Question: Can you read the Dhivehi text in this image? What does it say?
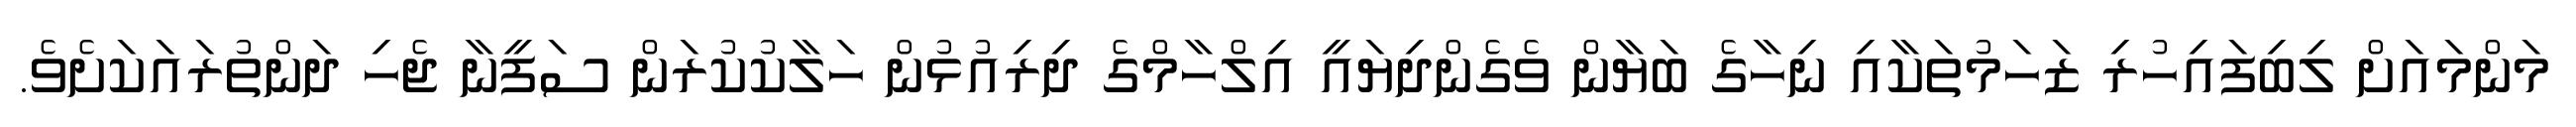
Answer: މަންމައަށް ލިބިފައިހުރި ޒަހަމުތަކާއި ނިހާގެ ބަޔާން ވެގެންދިޔައީ އިލްހާމްގެ ދިރިއުޅުން ހަލާކުކުރަން ސަފީނާ ޖެހި ދަންތުރައަކަށެވެ.